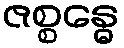
ဇစ္စန္ဓေ